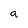
Character: a